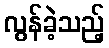
လွန်ခဲ့သည့်